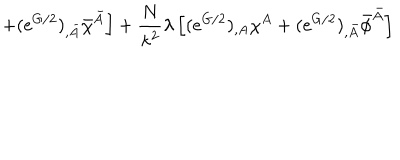
\left. + ( e ^ { G / 2 } ) _ { , \bar { A } } \bar { \chi } ^ { \bar { A } } \right] + \frac { N } { \kappa ^ { 2 } } \lambda \left[ ( e ^ { G / 2 } ) _ { , A } \chi ^ { A } + ( e ^ { G / 2 } ) _ { , \bar { A } } \bar { \phi } ^ { \bar { A } } \right]